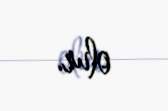
olur.